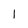
Character: I